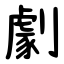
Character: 劇